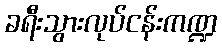
ခရီးသွားလုပ်ငန်းကဏ္ဍ